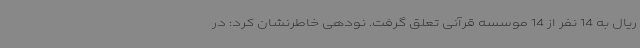
ریال به 14 نفر از 14 موسسه قرآنی تعلق گرفت. نودهی خاطرنشان کرد: در